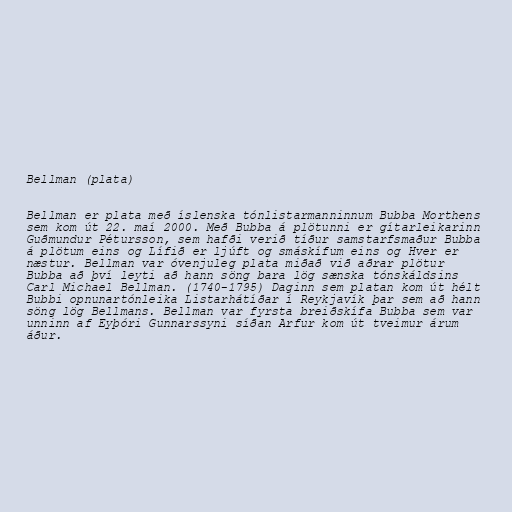
Bellman (plata)

Bellman er plata með íslenska tónlistarmanninnum Bubba Morthens
sem kom út 22. maí 2000. Með Bubba á plötunni er gítarleikarinn
Guðmundur Pétursson, sem hafði verið tíður samstarfsmaður Bubba
á plötum eins og Lífið er ljúft og smáskífum eins og Hver er
næstur. Bellman var óvenjuleg plata miðað við aðrar plötur
Bubba að því leyti að hann söng bara lög sænska tónskáldsins
Carl Michael Bellman. (1740-1795) Daginn sem platan kom út hélt
Bubbi opnunartónleika Listarhátíðar í Reykjavík þar sem að hann
söng lög Bellmans. Bellman var fyrsta breiðskífa Bubba sem var
unninn af Eyþóri Gunnarssyni síðan Arfur kom út tveimur árum
áður.